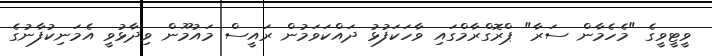
ވީޓީވީގެ "މެހެމާން ސަރާ" ޕްރޮގްރާމްގައި ވާހަކަފުޅު ދައްކަވަމުން ރައީސް މައުމޫން ވިދާޅުވީ އެމަނިކުފާނުގެ